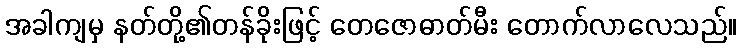
အခါကျမှ နတ်တို့၏တန်ခိုးဖြင့် တေဇောဓာတ်မီး တောက်လာလေသည်။